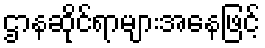
ဌာနဆိုင်ရာများအနေဖြင့်